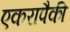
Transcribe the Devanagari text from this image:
एकरापैकी